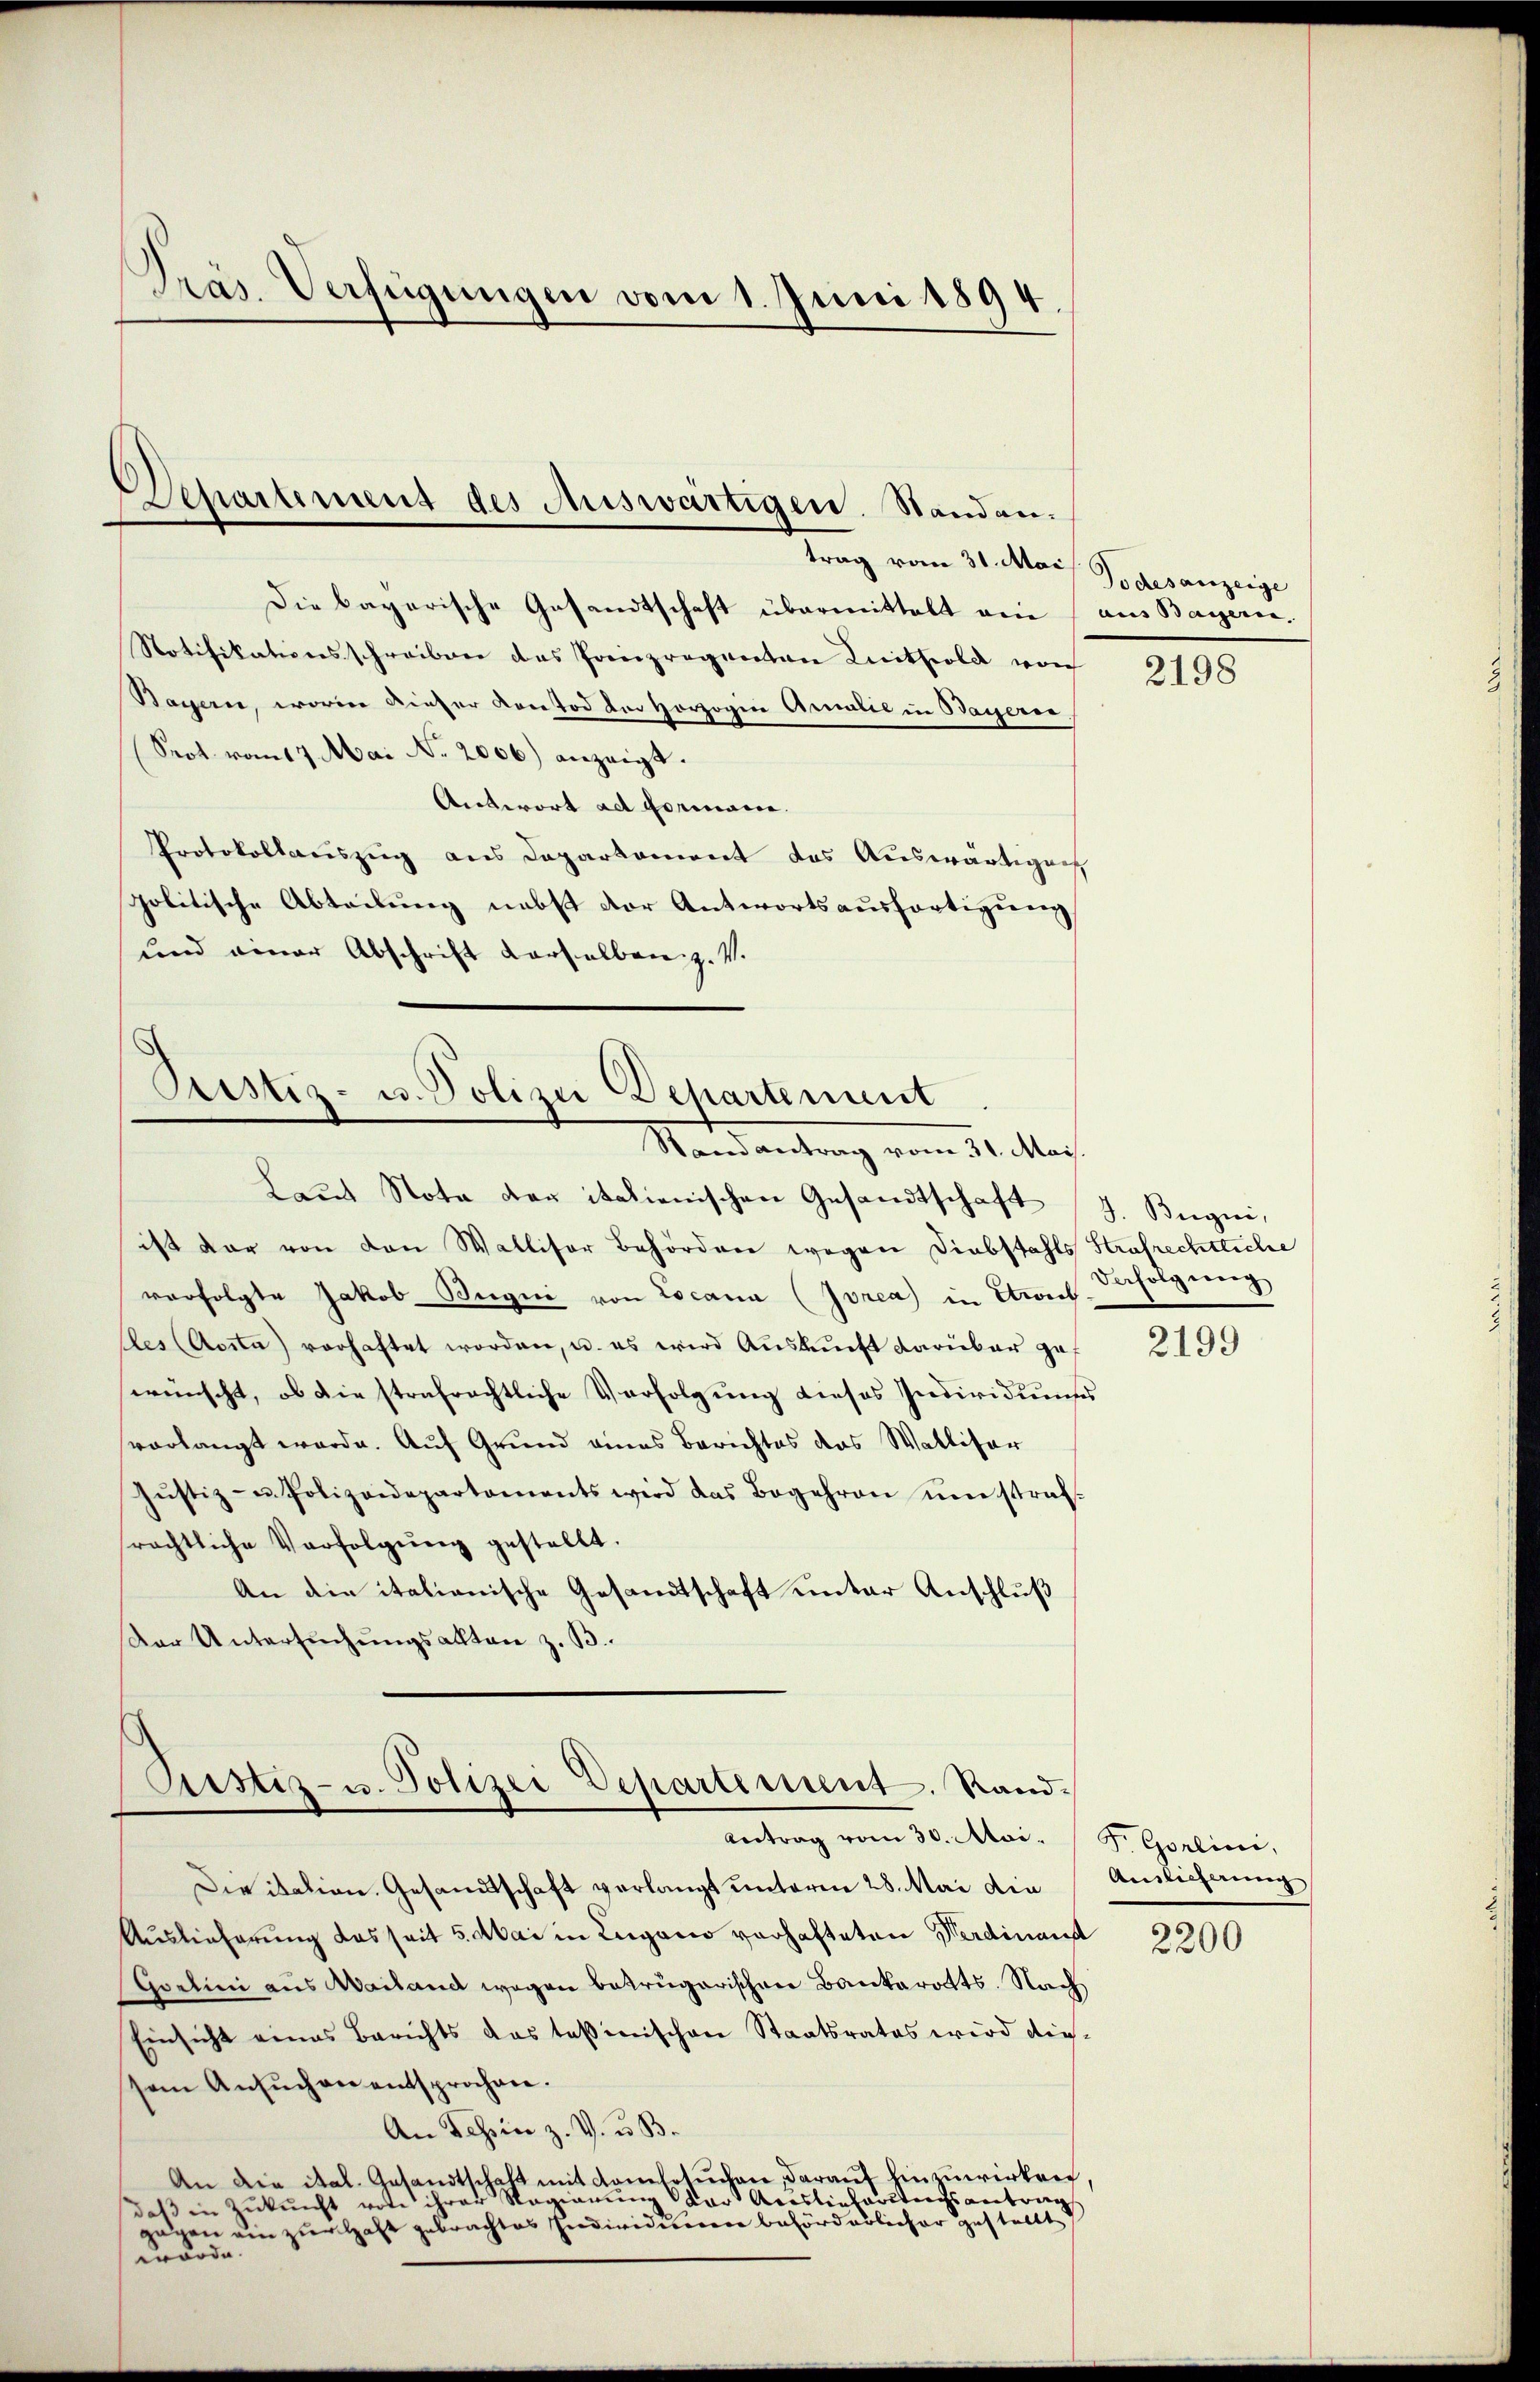
Präs. Verfügungen vom 1. Juni 1894.

Departement des Auswärtigen. Standen.

trag vom 31. Mai Godesanzeige
Die bayerische Gesandtschaft übermittelt eine (aus Bayern.
Notifikationsschreiben das Prinzregenton Knithold von
Bayern, worin dieser Kontod der Herzogin Amalie in Bayerne
Srot vom 17. Mai No. 2006) anzeigt.
Antwort ad Formane.
Protokollauszug aus Daparkament das Auswärtigen
politische Abteilung nebst der Antwortsausfertigung
und einer Abschrift derselben z. V.

Justiz- u. Polizei Departement
Randantrag vom 31. Mais.

Rustiz- u. Polizei Departement. Rand¬

Laŭt Nota der italienischen Gesandtschaft J. Begni,
ist dar von den Walliser Behörden wegen Diebstahls Strafrechtliche
verfolgte Jakob Bugii von Locana (Ivrea) in Etriel
Aes (Aosta) vorhaftet worden, u. es wird Auskunft darüber gef
wünscht, ob die strafrechtliche Verfolgung dieses Individuums
vorlangt werde. Auf Grund eines Berichtes das Walliser
Jŭstiz- u. Polizeidepartements wird das Begehren umstraf-
rächtliche Verfolgŭng gestellt.
An die italianische Gesandtschaft unter Anschluß
Der Untersuchungsalten z. B.

Antrag vom 30. Mai. S. Görlini,
Die itation. Gesandtschaft verlangt unterm 28. Mai die
Auslieferung das seit 5. Mai in Lugano vorhafteten Werdinand
Gortini aus Wailand wegen betrügerischen Bankerotts. Nach
Einsicht eines Berichts das tasinischen Staatsrates wird die-
sem Ansŭchen entsprochen.
An Schinz. V. u. B.
An die ital. Gesandtschaft mit Comtotuchen, darauf hinzuwirken,
daβ in Zukunft von ihrer Regierung der Acaslinhardtungsantrag
zagen ein zur Haft gebrachtes Individuen behörderlicher gestellt
wurde.

2198

Defolgung

2199

Anslicherung

2200